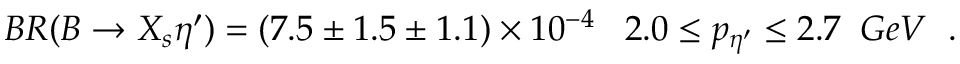
B R ( B \to X _ { s } \eta ^ { \prime } ) = ( 7 . 5 \pm 1 . 5 \pm 1 . 1 ) \times 1 0 ^ { - 4 } \; \; \; 2 . 0 \le p _ { \eta ^ { \prime } } \le 2 . 7 \; \; G e V \; \; .